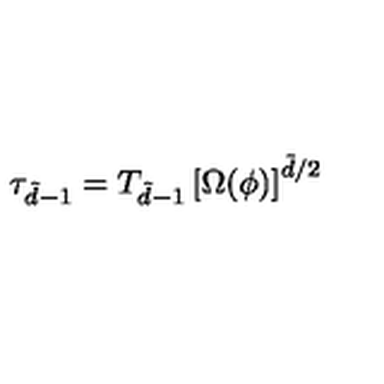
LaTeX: \tau _ { \tilde { d } - 1 } = T _ { \tilde { d } - 1 } \left[ \Omega ( \phi ) \right] ^ { \tilde { d } / 2 }